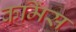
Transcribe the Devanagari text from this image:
कमिंस